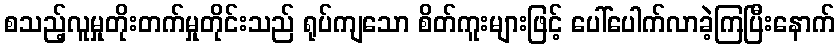
စသည့်လူမှုတိုးတက်မှုတိုင်းသည် ရုပ်ကျသော စိတ်ကူးများဖြင့် ပေါ်ပေါက်လာခဲ့ကြပြီးနောက်